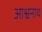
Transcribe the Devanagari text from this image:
आश्वनाथ